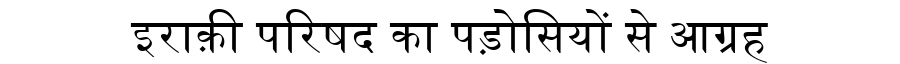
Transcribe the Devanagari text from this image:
इराक़ी परिषद का पड़ोसियों से आग्रह